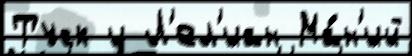
Туск и Л'ел'иан Ма́н'ий